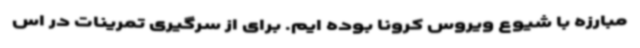
مبارزه با شیوع ویروس کرونا بوده ایم. برای از سرگیری تمرینات در اس